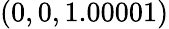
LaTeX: (0,0,1.00001)